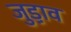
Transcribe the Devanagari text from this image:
जुड़ा़व